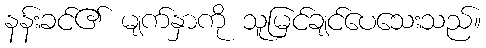
နန်းခင်၏ မျက်နှာကို သူမြင်ချင်ပေသေးသည်။